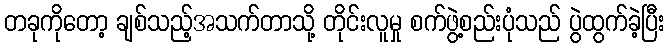
တခုကိုတော့ ချစ်သည့်အသက်တာသို့ တိုင်းလူမှု စက်ဖွဲ့စည်းပုံသည် ပွဲထွက်ခဲ့ပြီး